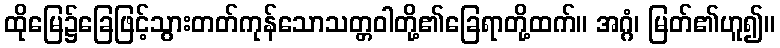
ထိုမြေ၌ခြေဖြင့်သွားတတ်ကုန်သောသတ္တဝါတို့၏ခြေရာတို့ထက်။ အဂ္ဂံ၊ မြတ်၏ဟူ၍။